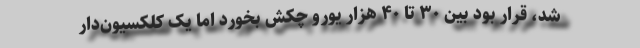
شد، قرار بود بین ۳۰ تا ۴۰ هزار یورو چکش بخورد اما یک کلکسیون‌دار